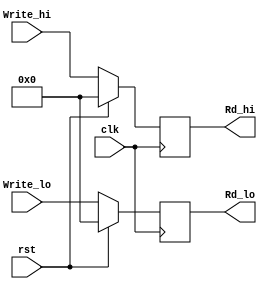
`timescale 1ns / 1ps
module hi_lo(
    input clk,
    input rst,
    input [31:0] Write_hi,
    input [31:0] Write_lo,
    output [31:0] Rd_hi,
    output [31:0] Rd_lo
    );
    reg [31:0] hi;
    reg [31:0] lo;
    assign Rd_hi = hi;
    assign Rd_lo = lo;
    
    always @(negedge clk) 
    begin
        if(rst) 
        begin
            hi <= 32'b0;
            lo <= 32'b0; 
        end
        else
        begin 
            hi <= Write_hi;
            lo <= Write_lo;
        end
    end
endmodule